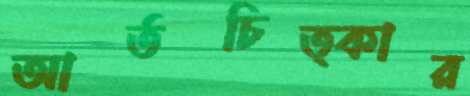
আর্তচিত্কার